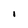
Character: I